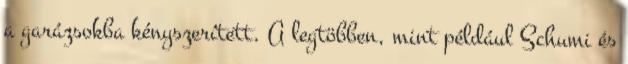
a garázsokba kényszerített. A legtöbben, mint például Schumi és